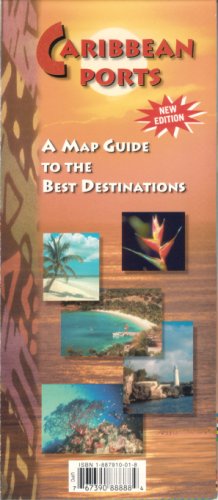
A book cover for Caribbean Ports; Cruise Map Publishing; Travel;